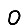
Digit: 0